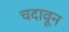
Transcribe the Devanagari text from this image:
चदावून